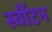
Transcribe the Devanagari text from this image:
स्वींटन